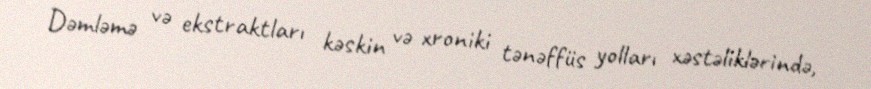
Dəmləmə və ekstraktları kəskin və xroniki tənəffüs yolları xəstəliklərində,